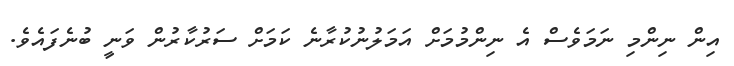
އިން ނިންމި ނަމަވެސް އެ ނިންމުމަށް އަމަލުނުކުރާނެ ކަމަށް ސަރުކާރުން ވަނީ ބުނެފައެވެ.